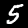
Label: 5